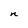
Character: n